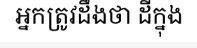
អ្នកត្រូវដឹងថា ដីក្នុង